Vaccine operations Central Provinces 1886-1899 - 1886-1899
Year: 1886
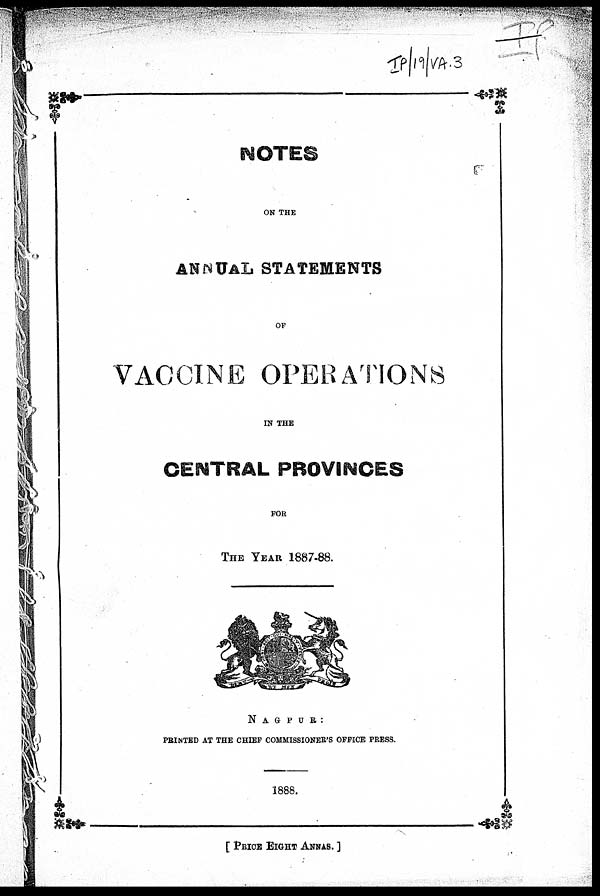
NOTES
ON THE
ANNUAL STATEMENTS
OF
VACCINE OPERATIONS
IN THE
CENTRAL PROVINCES
FOR
THE YEAR 1887-88.
NAGPUR :
PRINTED AT THE CHIEF COMMISSIONER'S OFFICE PRESS.
1888.
[ PRICE EIGHT ANNAS. ]